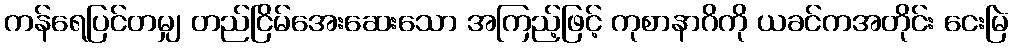
ကန်ရေပြင်တမျှ တည်ငြိမ်အေးဆေးသော အကြည့်ဖြင့် ကုစာနာဂိကို ယခင်ကအတိုင်း ငေးမြဲ